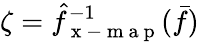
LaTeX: \zeta=\hat{f}_{\mathrm{~x~-~m~a~p~}}^{-1}(\bar{f})